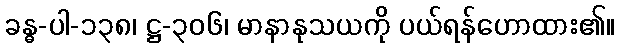
ခန္ဓ-ပါ-၁၃၈၊ ဋ္ဌ-၃၀၆၊ မာနာနုသယကို ပယ်ရန်ဟောထား၏။